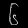
Digit: ၆